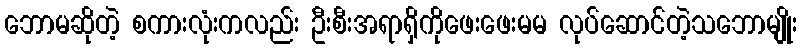
ဘောမဆိုတဲ့ စကားလုံးကလည်း ဦးစီးအရာရှိကိုဖေးဖေးမမ လုပ်ဆောင်တဲ့သဘောမျိုး